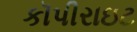
કૉપીરાઇટ